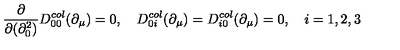
\frac { \partial } { \partial ( \partial _ { 0 } ^ { 2 } ) } D _ { 0 0 } ^ { c o l } ( \partial _ { \mu } ) = 0 , \quad D _ { 0 i } ^ { c o l } ( \partial _ { \mu } ) = D _ { i 0 } ^ { c o l } ( \partial _ { \mu } ) = 0 , \quad i = 1 , 2 , 3